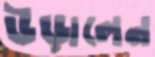
উড়ালেন